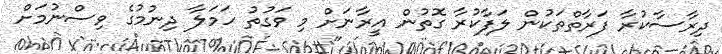
ދިރާސާކުރާ ފަރާތްތަކުން ލަފާކުރާ ގޮތުން އީރާނަށް މި ވަގުތު ހަމަލާ ދިނުމުގެ ވިސްނުމަށް